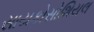
સાયકોસોશિયલ